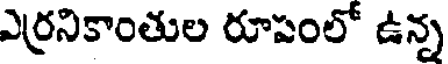
ఎర్రనికాంతుల రూపంలో ఉన్న